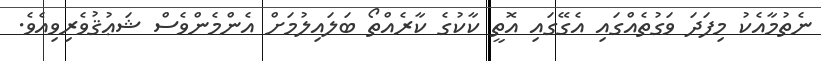
ނެތުމާއެކު މިފަދަ ވަގުތެއްގައި އެގޭގައި އޮތީ ކާކުގެ ކާރެއްތޯ ބަލައިލުމަށް އެންމެންވެސް ޝަޢުޤުވެރިވިއެވެ.